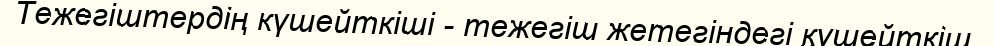
Тежегіштердің күшейткіші - тежегіш жетегіндегі күшейткіш.